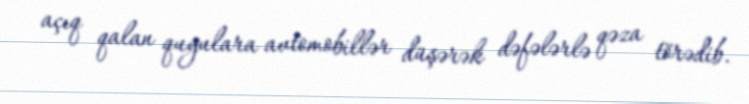
açıq qalan quyulara avtomobillər düşərək dəfələrlə qəza törədib.